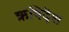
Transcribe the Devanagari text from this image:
ऋषिदेश